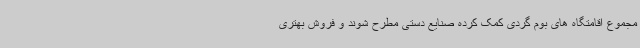
مجموع اقامتگاه های بوم گردی کمک کرده صنایع دستی مطرح شوند و فروش بهتری